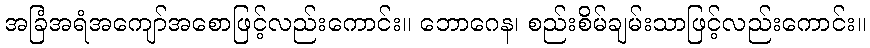
အခြံအရံအကျော်အစောဖြင့်လည်းကောင်း။ ဘောဂေန၊ စည်းစိမ်ချမ်းသာဖြင့်လည်းကောင်း။